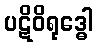
ပဋိဝိရုဒ္ဓေါ